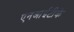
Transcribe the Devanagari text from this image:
एनआईटीके